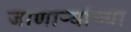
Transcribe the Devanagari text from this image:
जाणार्‍यांच्या